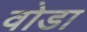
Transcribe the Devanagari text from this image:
वोडा